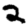
Digit: 2